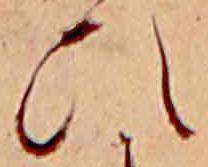
ひ